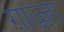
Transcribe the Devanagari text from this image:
ग़ाज़्ज़ा